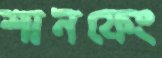
শানফেং